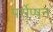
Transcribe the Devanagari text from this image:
पर्सेप्षन